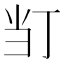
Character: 𭕈